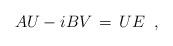
LaTeX: \begin{align*}A U-i B V\,=\, U E \;\;,\end{align*}